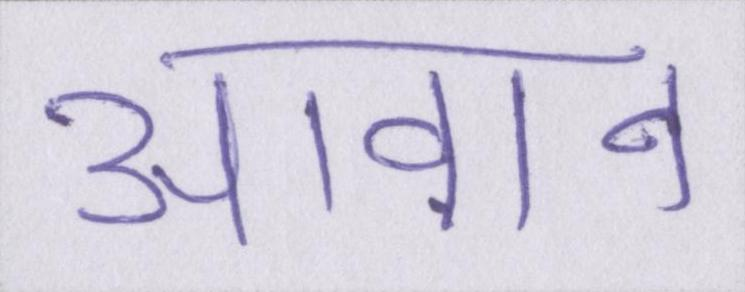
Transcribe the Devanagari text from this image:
आवान